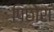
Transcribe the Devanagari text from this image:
पिछोरा